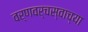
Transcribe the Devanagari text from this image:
वर्णवर्चस्वाच्या